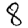
Digit: 8